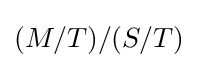
(M/T)/(S/T)